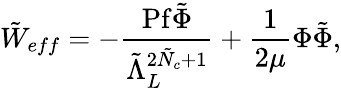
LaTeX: \tilde{W}_{eff}=-\frac{\mathrm{Pf}\tilde{\Phi}}{\tilde{\Lambda}_{L}^{2\tilde{N}_{c}+1}}+\frac{1}{2\mu}\Phi\tilde{\Phi},